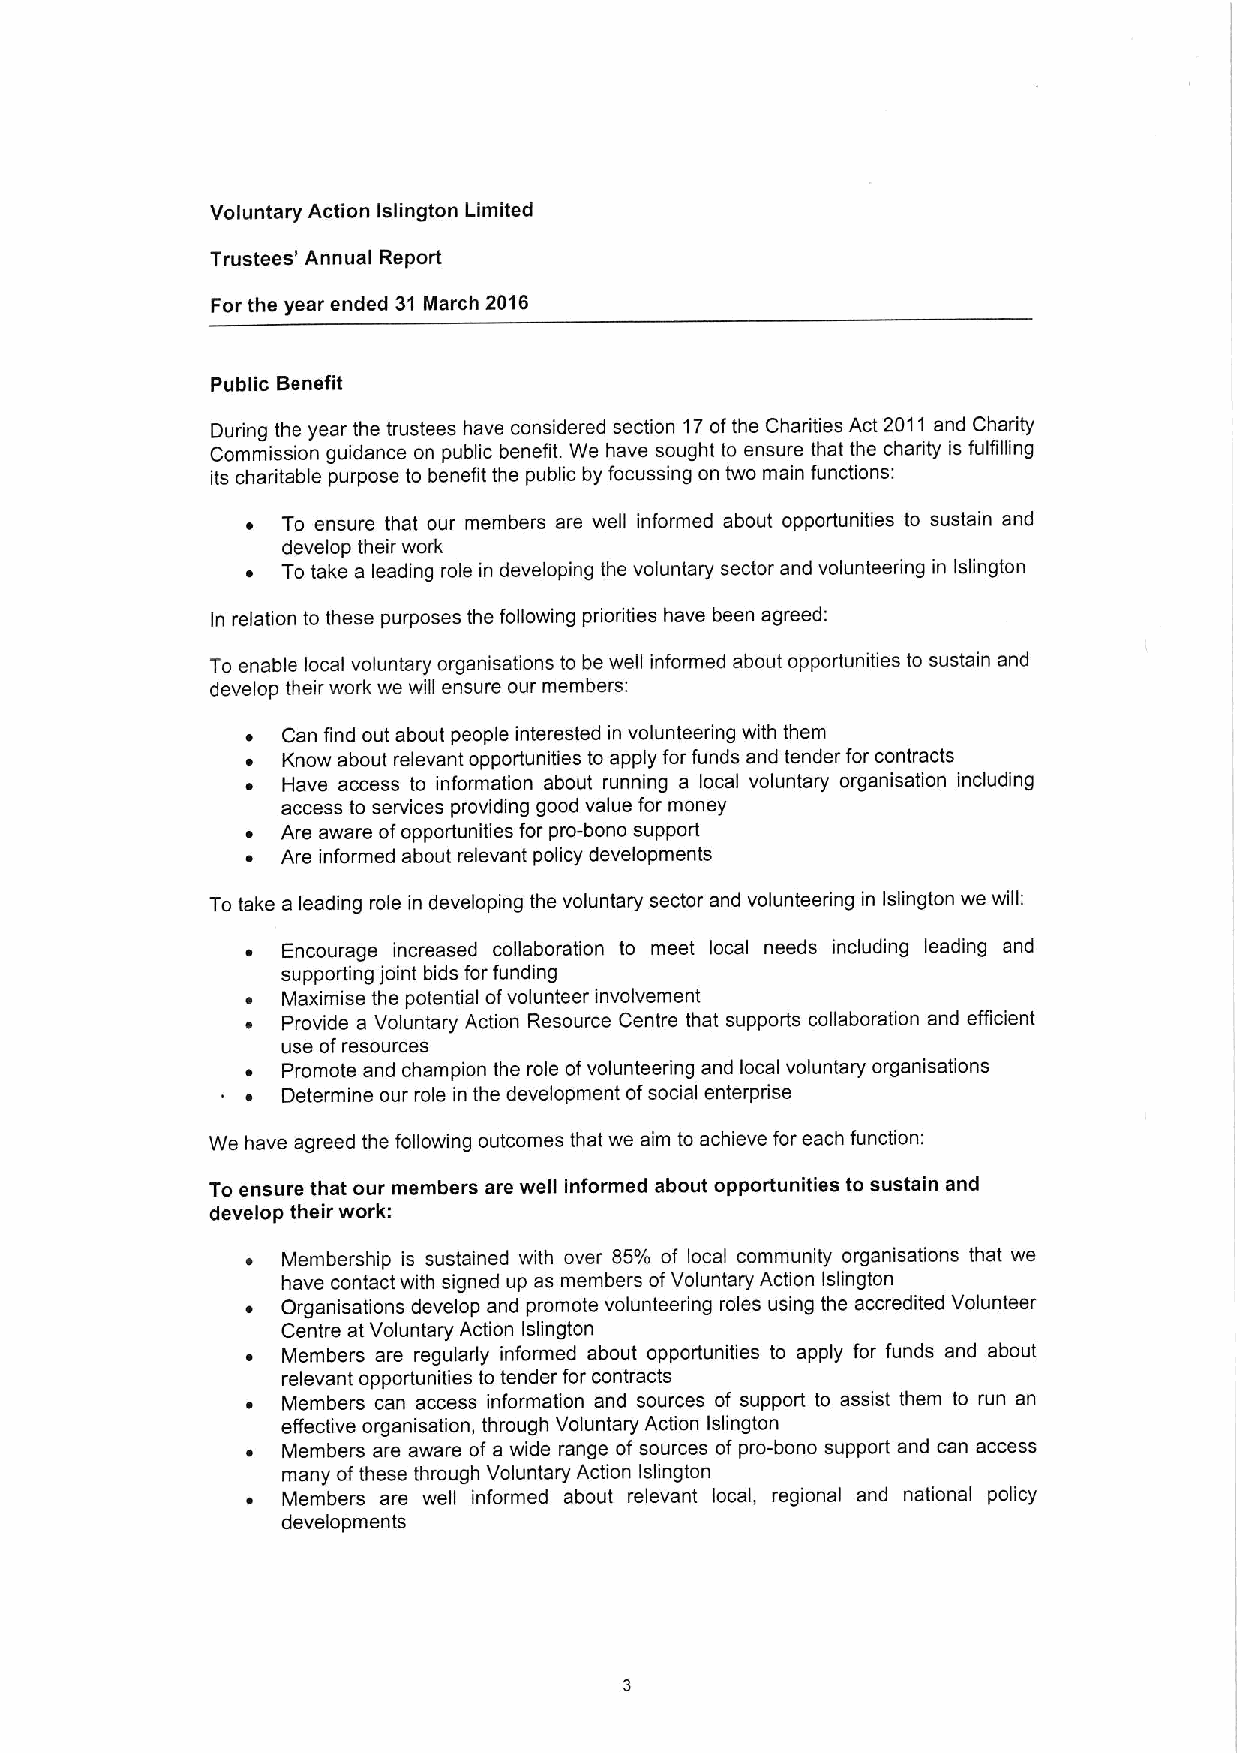
Voluntary Action Islington Limited
 Trustees' Annual Report
 For the year ended 31 March 2016
 Public Benefit
 During the year the trustees have considered section 17ofthe Charities Act 2011 and Charity
 Commission guidance on public benefit. We have sought to ensure that the charity is fulfilling
 its charitable purpose to benefit the public by focussing on two main functions:
 ~  To ensure that our members are well informed about opportunities to sustain and
 develop their work
 ~  To take a leading role in developing the voluntary sector and volunteering in Islington
 In relation to these purposes the following priorities have been agreed:
 To enable local voluntary organisations to be well informed about opportunities to sustain and
 develop their work we will ensure our members:
 ~  Can find out about people interested in volunteering with them
 ~  Know about relevant opportunities to apply for funds and tender for contracts
 ~  Have access to information about running a local voluntary organisation including
 access to services providing good value for money
 ~  Are aware ofopportunities for pro-bono support
 ~  Are informed about relevant policy developments
 To take a leading role in developing the voluntary sector and volunteering in Islington we will:
 ~  Encourage increased collaboration to meet local needs including leading and
 supporting joint bids for funding
 ~  Maximise the potential ofvolunteer involvement
 ~  Provide a Voluntary Action Resource Centre that supports collaboration and efficient
 use ofresources
 ~  Promote and champion the role ofvolunteering and local voluntary organisations
 ~  Determine our role in the development ofsocial enterprise
 We have agreed the following outcomes that we aim to achieve for each function:
 To ensure that our members are well informed about opportunities to sustain and
 develop their work:
 ~  Membership is sustained with over 85'lo of local community organisations that we
 have contact with signed up as members ofVoluntary Action Islington
 ~  Organisations develop and promote volunteering roles using the accredited Volunteer
 Centre at Voluntary Action Islington
 ~  Members are regularly informed about opportunities to apply for funds and about
 relevant opportunities to tender for contracts
 ~  Members can access information and sources of support to assist them to run an
 effective organisation, through Voluntary Action Islington
 ~  Members are aware of a wide range of sources of pro-bono support and can access
 many ofthese through Voluntary Action Islington
 ~  Members are well informed about relevant local, regional and national policy
 developments